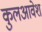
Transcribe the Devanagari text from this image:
कुलआवेश